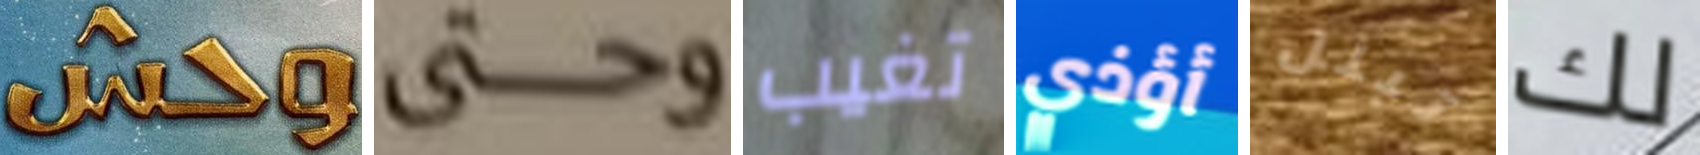
وحش وحتى تغيب أؤذي تبلل لك